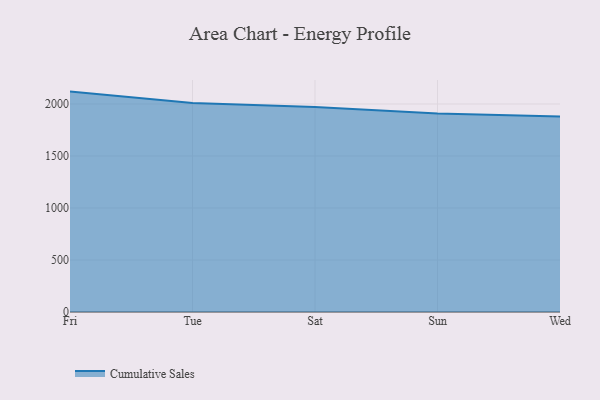
{"axis": {"x": "Day", "y": "Budget (USD K)"}, "legend": ["Cumulative Sales"], "data": [{"x": "Fri", "y": 2119.1, "type": "Cumulative Sales"}, {"x": "Tue", "y": 2010.3, "type": "Cumulative Sales"}, {"x": "Sat", "y": 1971.6, "type": "Cumulative Sales"}, {"x": "Sun", "y": 1908.5, "type": "Cumulative Sales"}, {"x": "Wed", "y": 1880.0, "type": "Cumulative Sales"}]}